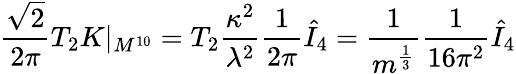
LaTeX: \frac{\sqrt{2}}{2\pi}T_{2}K|_{M^{10}}=T_{2}\frac{\kappa^{2}}{\lambda^{2}}\frac{1}{2\pi}\hat{I}_{4}=\frac{1}{m^{\frac{1}{3}}}\frac{1}{16\pi^{2}}\hat{I}_{4}